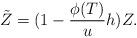
LaTeX: \begin{align*}\tilde{Z}=(1-\frac {\phi(T)}{u}h)Z.\end{align*}